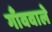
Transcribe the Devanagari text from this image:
गाँववाले